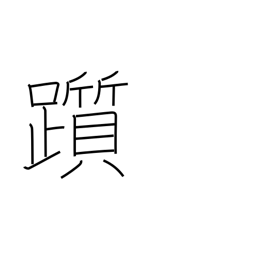
Meaning: stumble